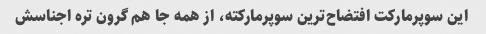
این سوپرمارکت افتضاح‌ترین سوپرمارکته، از همه جا هم گرون تره اجناسش